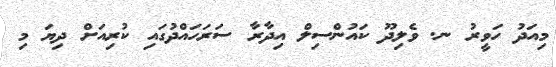
މިއަދު ހަވީރު ނ. ވެލިދޫ ކައުންސިލް އިދާރާ ސަރަހައްދުގައި ކުރިއަށް ދިޔަ މި